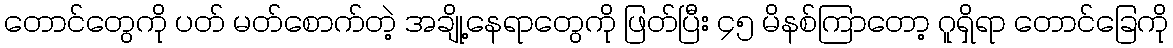
တောင်တွေကို ပတ် မတ်စောက်တဲ့ အချို့နေရာတွေကို ဖြတ်ပြီး ၄၅ မိနစ်ကြာတော့ ဂူရှိရာ တောင်ခြေကို